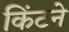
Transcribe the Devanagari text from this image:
किंटने